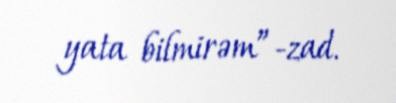
yata bilmirəm”-zad.